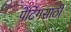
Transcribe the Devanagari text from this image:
पेंटिंगसाठी